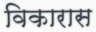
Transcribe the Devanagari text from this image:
विकारास